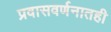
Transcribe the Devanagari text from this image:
प्रवासवर्णनातही